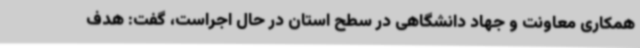
همکاری معاونت و جهاد دانشگاهی در سطح استان در حال اجراست، گفت: هدف